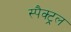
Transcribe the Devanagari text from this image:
स्पैक्ट्रल